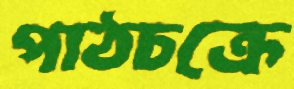
পাঠচক্রে